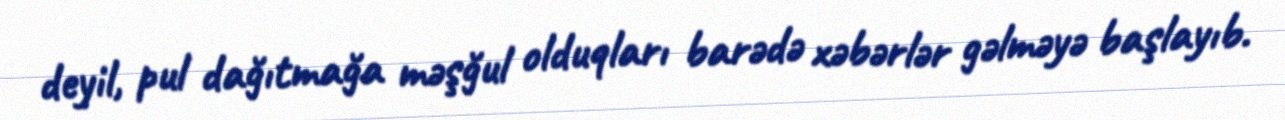
deyil, pul dağıtmağa məşğul olduqları barədə xəbərlər gəlməyə başlayıb.